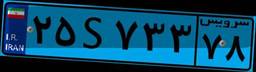
۲۵S۷۳۳۷۸